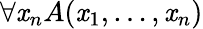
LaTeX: \forall\mathit{x}_{n}A(\mathit{x}_{1},\ldots,\mathit{x}_{n})